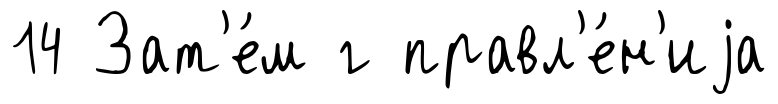
14 Зат'е́м г правл'е́н'иjа